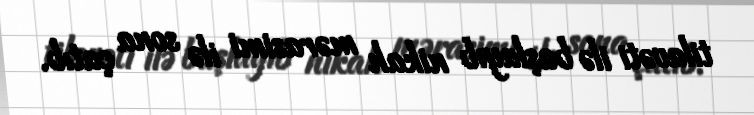
tilavəti ilə başlayıb nikah mərasimi ilə sona çatıb.